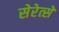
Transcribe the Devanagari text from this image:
सेरेत्से